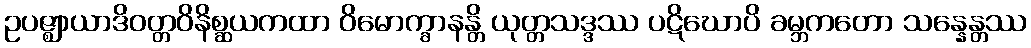
ဥပဇ္ဈာယာဒိဝတ္တဝိနိစ္ဆယကထာ ဝိမောက္ခာနန္တိ ယုတ္တသဒ္ဒဿ ပဋိဃောပိ ခမ္ဘကတော သန္နေန္တဿ